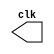
// -------------------------
// clock3  
// Nome: Flavio Andrade Amaral Motta

// ------------------------- 
// --------------------------- 
// -- test clock generator (1) 
// --------------------------- 
	module clock ( clk ); 
	output clk; 
	reg clk; 

initial 
	begin 
		clk = 1'b0; 
	end 
		always 
	begin 
		#12 clk = ~clk; 
	end 
		endmodule // clock ( ) 
		module clock3; 
		wire clk; 
		clock CLK1 ( clk ); 
initial begin 
		$display ("Flavio Andrade Amaral Motta");
		$dumpfile ( "clock3.vcd" ); 
		$dumpvars; 
	#120 $finish; 
end 
endmodule // clock3 ()